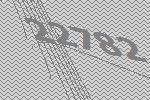
22782